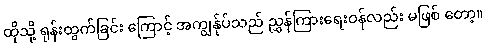
ထိုသို့ ရုန်းထွက်ခြင်း ကြောင့် အကျွန်ုပ်သည် ညွှန်ကြားရေးဝန်လည်း မဖြစ် တော့။